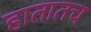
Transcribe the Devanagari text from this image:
हातातच